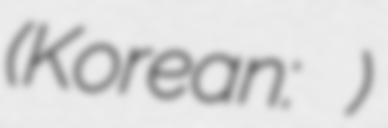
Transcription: (Korean: 이상한 변호사 우영우)